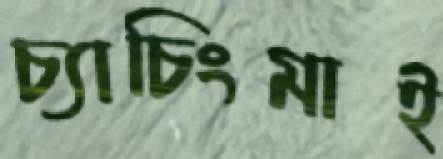
চ্যাচিংমাই